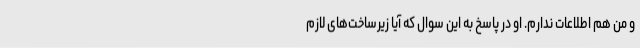
و من هم اطلاعات ندارم. او در پاسخ به این سوال که آیا زیرساخت‌های لازم